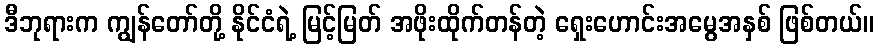
ဒီဘုရားက ကျွန်တော်တို့ နိုင်ငံရဲ့ မြင့်မြတ် အဖိုးထိုက်တန်တဲ့ ရှေးဟောင်းအမွေအနှစ် ဖြစ်တယ်။